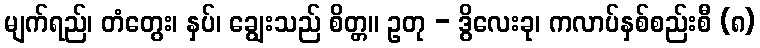
မျက်ရည်၊ တံတွေး၊ နှပ်၊ ချွေးသည် စိတ္တ။ ဥတု - ဒွိလေးခု၊ ကလာပ်နှစ်စည်းစီ (၈)